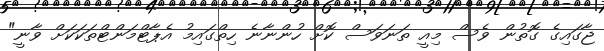
ޖާގައިގެ ގޮތުން ވެސް މިއީ ތަނަވަސް ކޮށް ހުންނާނެ ހިތްގައިމު އެޕާޓްމަންޓްތަކަކަށް ވާނީ"